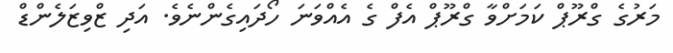
މަރުގެ ގްރޫޕް ކަމަށްވާ ގްރޫޕް އެފް ގެ އެއްވަނަ ހޯދައިގެންނެވެ. އަދި ޒްވިޒަލެންޑް